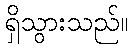
ရှိသွားသည်။